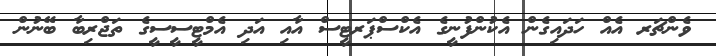
ވެންޗަރ އެއް ހަދައިގެން އެކުންފުނީގެ އެކްސްޕަރޓީސް އާއި އަދި އެމްޓީސީސީގެ ތަޖްރިބާ ބޭނުން